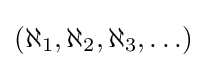
(\aleph _{1},\aleph _{2},\aleph _{3},\ldots )